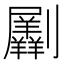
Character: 𠠮